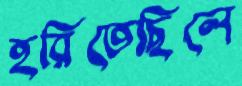
হরিতেছিলে